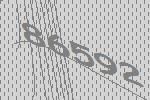
86592